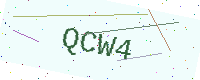
Text: QCW4